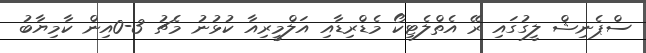
ސްޕެނިޝް ލީގުގައި ރޭ އެތްލެޓިކޯ މެޑްރިޑާއި އަލްމީރިއާ ކުޅުނު މެޗު 3-0އިން ކާމިޔާބު